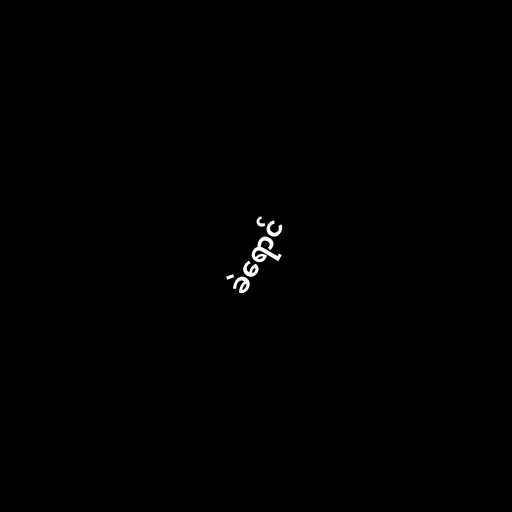
ခဲရောင်